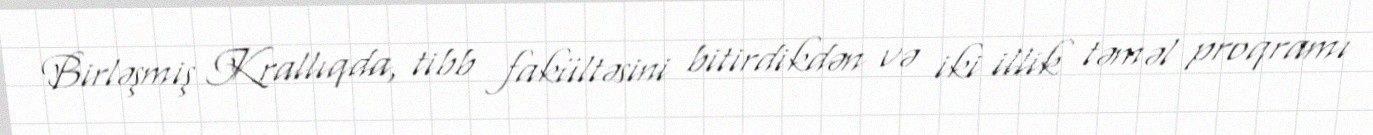
Birləşmiş Krallıqda, tibb fakültəsini bitirdikdən və iki illik təməl proqramı